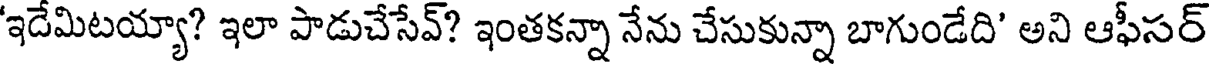
'ఇదేమిటయ్యా? ఇలా పాడుచేసేవ్? ఇంతకన్నా నేను చేసుకున్నా బాగుండేది' అని ఆఫీసర్